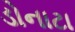
ડોનાટા